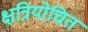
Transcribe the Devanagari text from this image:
क्षत्रियोचित